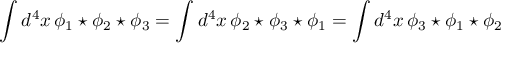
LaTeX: \int d ^ { 4 } x \, \phi _ { 1 } \star \phi _ { 2 } \star \phi _ { 3 } = \int d ^ { 4 } x \, \phi _ { 2 } \star \phi _ { 3 } \star \phi _ { 1 } = \int d ^ { 4 } x \, \phi _ { 3 } \star \phi _ { 1 } \star \phi _ { 2 }